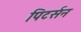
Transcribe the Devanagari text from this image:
पिटर्सन